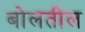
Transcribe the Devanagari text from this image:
बोलतील